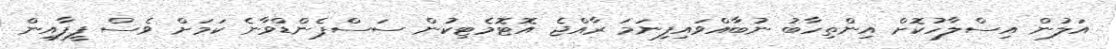
އަލުން އިސްލާހުކޮށް އިންތިހާބު ނުބާއްވައިފިނަމަ ރާއްޖެ އޮޓޮމެޓިކުން ސަސްޕެންޑްވާނެ ކަމަށް ވެސް ފީފާއިން